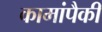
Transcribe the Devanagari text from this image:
कामांपैकी